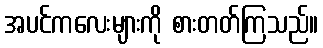
အပင်ကလေးများကို စားတတ်ကြသည်။